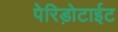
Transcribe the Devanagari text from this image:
पेरिड़ोटाईट